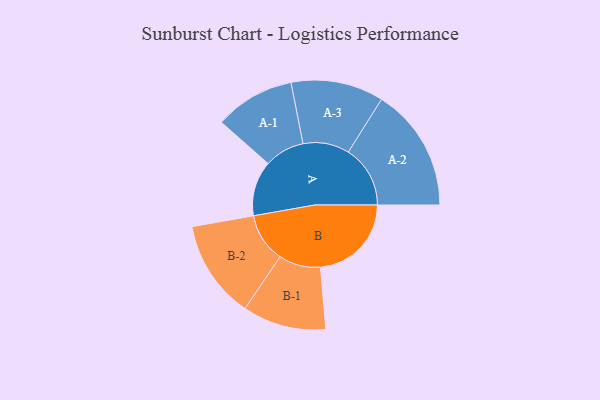
{"axis": {"x": "Segment", "y": "Value"}, "legend": ["", "A", "B"], "data": [{"x": "A", "y": 265, "type": ""}, {"x": "B", "y": 438, "type": ""}, {"x": "A-1", "y": 193, "type": "A"}, {"x": "A-2", "y": 298, "type": "A"}, {"x": "A-3", "y": 223, "type": "A"}, {"x": "B-1", "y": 201, "type": "B"}, {"x": "B-2", "y": 237, "type": "B"}]}